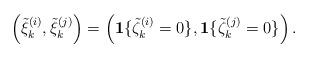
LaTeX: \begin{align*}\left(\tilde\xi^{(i)}_{k},\tilde\xi^{(j)}_{k}\right)=\left({\bf1}\{\tilde\zeta^{(i)}_{k}=0\},{\bf1}\{\tilde\zeta^{(j)}_{k}=0\}\right).\end{align*}